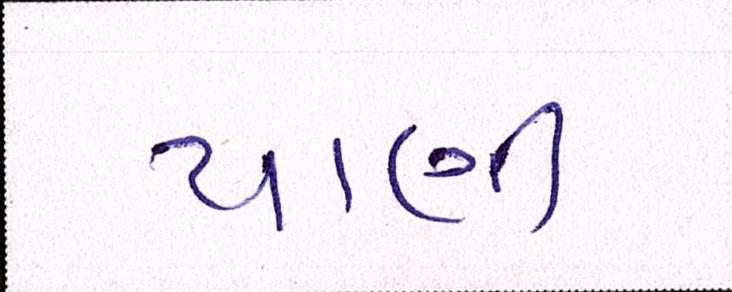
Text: પાણી